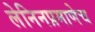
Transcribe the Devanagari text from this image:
लेनिनप्रमाणेच